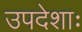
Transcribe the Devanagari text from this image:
उपदेशाः